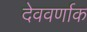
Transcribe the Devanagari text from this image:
देववर्णाक